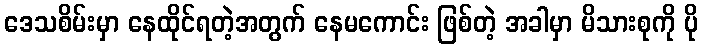
ဒေသစိမ်းမှာ နေထိုင်ရတဲ့အတွက် နေမကောင်း ဖြစ်တဲ့ အခါမှာ မိသားစုကို ပို